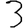
Digit: 3